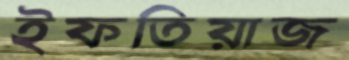
ইফতিয়াজ